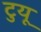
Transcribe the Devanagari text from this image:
टुयू